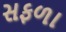
સફળા